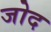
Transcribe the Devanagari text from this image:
जोद